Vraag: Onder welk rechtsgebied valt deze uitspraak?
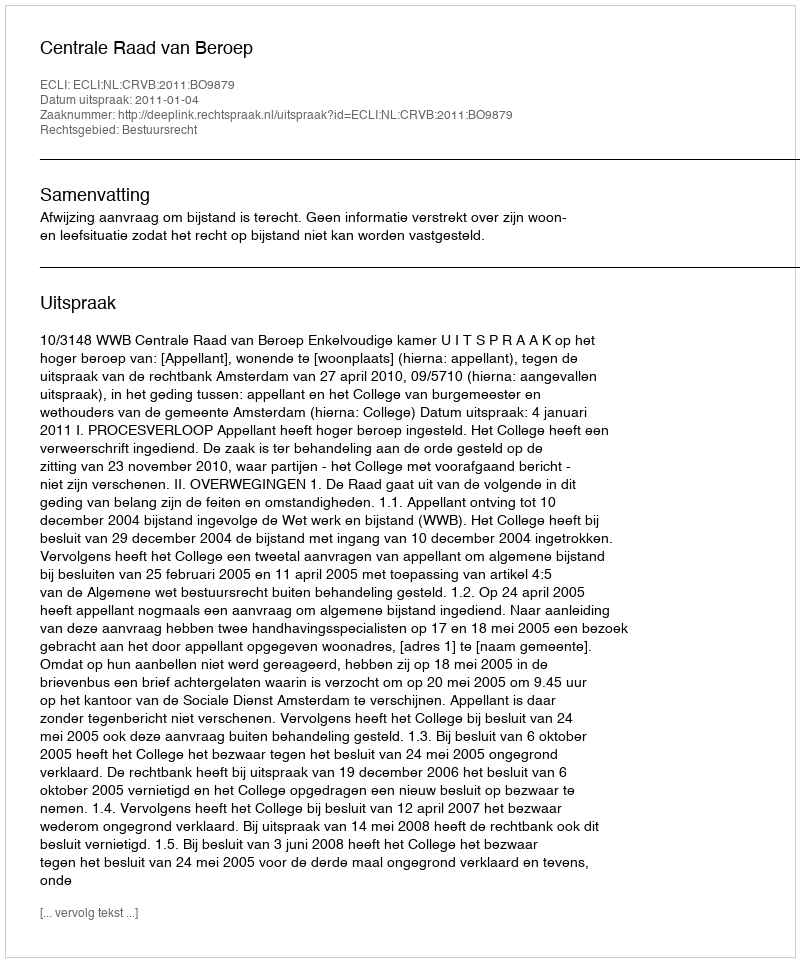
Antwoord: Bestuursrecht